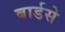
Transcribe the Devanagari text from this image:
बार्डसे